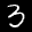
Label: 3